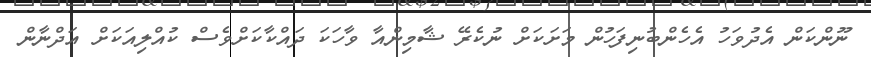
ނޫންކަން އެދުވަހު އެހެންބުނިފަހުން މަށަކަށް ނުކެރޭ ޝާމިންއާ ވާހަކަ ދައްކާކަށްވެސް ކުއްލިއަކަށް އަދްނާން